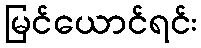
မြင်ယောင်ရင်း